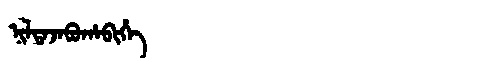
Manchu: ᠨᡳᠯᡨᠠᠵᠠᠪᡠᡥᠠᠪᡳᡥᡝ
Romanization: NILTAJABUHABIHE